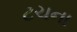
ટચના